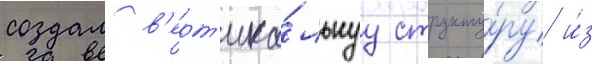
создал в'ерт'ика́льнуу структу́ру и́з